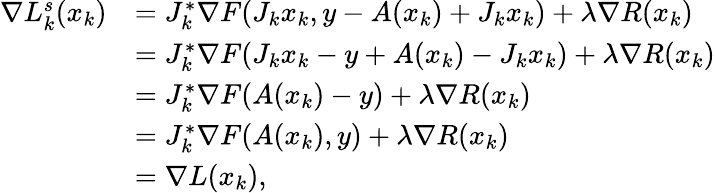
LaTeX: \begin{array}{rl}{\nabla L_{k}^{s}(x_{k})}&{=J_{k}^{*}\nabla F(J_{k}x_{k},y-A(x_{k})+J_{k}x_{k})+\lambda\nabla R(x_{k})}\\ &{=J_{k}^{*}\nabla F(J_{k}x_{k}-y+A(x_{k})-J_{k}x_{k})+\lambda\nabla R(x_{k})}\\ &{=J_{k}^{*}\nabla F(A(x_{k})-y)+\lambda\nabla R(x_{k})}\\ &{=J_{k}^{*}\nabla F(A(x_{k}),y)+\lambda\nabla R(x_{k})}\\ &{=\nabla L(x_{k}),}\end{array}